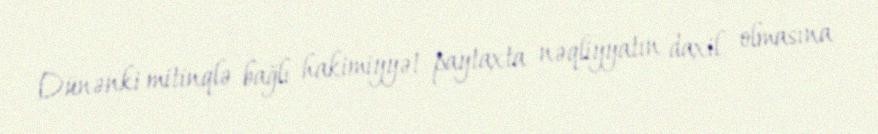
Dünənki mitinqlə bağlı hakimiyyət paytaxta nəqliyyatın daxil olmasına